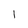
Character: l